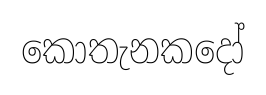
කොතැනකදෝ